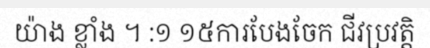
យ៉ាង ខ្លាំង ។ :១ ១៥ការបែងចែក ជីវប្រវត្តិ